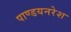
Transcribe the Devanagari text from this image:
पाण्डयनरेश